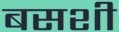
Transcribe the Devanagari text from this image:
बसशी